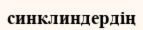
синклиндердің